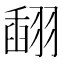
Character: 𦑪